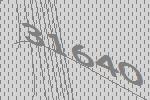
31640